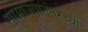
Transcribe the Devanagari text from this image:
साम्राज्यानंतरच्या